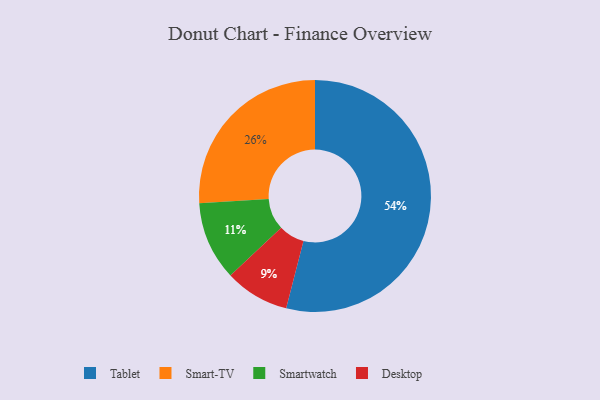
{"axis": {"x": "Category", "y": "Percentage"}, "legend": ["Desktop", "Smart-TV", "Smartwatch", "Tablet"], "data": [{"x": "Smart-TV", "y": 26, "type": "Smart-TV"}, {"x": "Tablet", "y": 54, "type": "Tablet"}, {"x": "Smartwatch", "y": 11, "type": "Smartwatch"}, {"x": "Desktop", "y": 9, "type": "Desktop"}]}